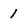
Character: 1